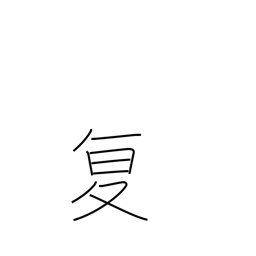
Meaning: repeat